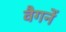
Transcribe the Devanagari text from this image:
वैगनें